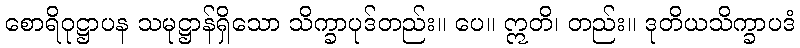
စောရိဝုဋ္ဌာပန သမုဋ္ဌာန်ရှိသော သိက္ခာပုဒ်တည်း။ ပေ။ ဣတိ၊ တည်း။ ဒုတိယသိက္ခာပဒံ